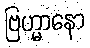
ဗြဟ္မာနော